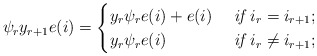
\begin{align*} \psi_r y_{r+1}e(i)=\begin{cases}y_r \psi_r e(i)+e(i) &\textit{ if } i_r= i_{r+1};\\y_r \psi_r e(i) &\textit{ if } i_r\neq i_{r+1};\end{cases}\end{align*}